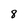
Character: 8